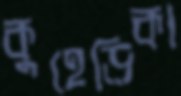
কুহেড়িকা